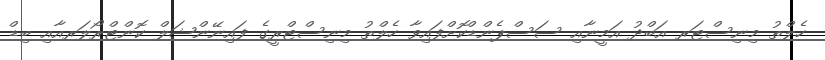
ހެލްތު މިނިސްޓަރ އަބްދު އަމީނާއި ސަސްޕެންޑްކޮށްފައިވާ ހެލްތު މިނިސްޓްރީގެ ފައިނޭންޝަލް ކޮންޓްރޯލަރއާއި ބިޑް